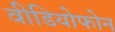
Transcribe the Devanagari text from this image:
वीडियोफोन